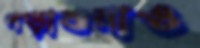
পড়াশুনাও